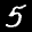
Label: 5